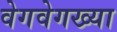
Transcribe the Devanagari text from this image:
वेगवेगख्या